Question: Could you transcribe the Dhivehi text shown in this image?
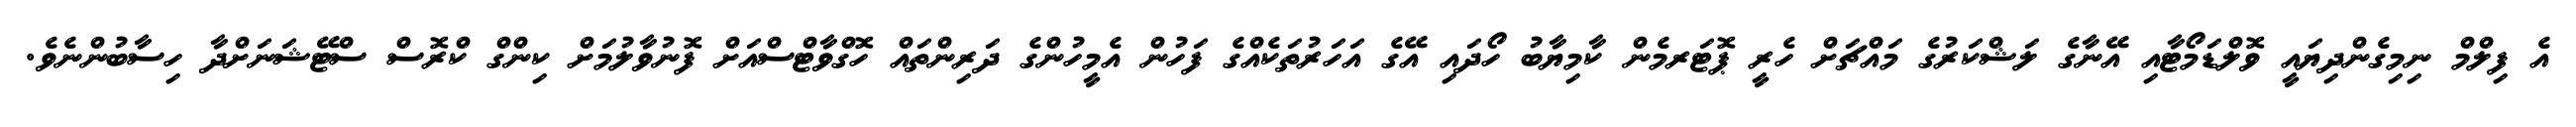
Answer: އެ ފިލްމް ނިމިގެންދިޔައީ ވޮލްޑަމޯޓާއި އޭނާގެ ލަޝްކަރުގެ މައްޗަށް ހެރީ ޕޮޓަރމެން ކާމިޔާބު ހޯދައި އޭގެ އަހަރުތަކެއްގެ ފަހުން އެމީހުންގެ ދަރިންތައް ހޮގްވާޓްސްއަށް ފޮނުވާލުމަށް ކިންގް ކްރޮސް ސްޓޭޝަނަށްދާ ހިސާބުންނެވެ.